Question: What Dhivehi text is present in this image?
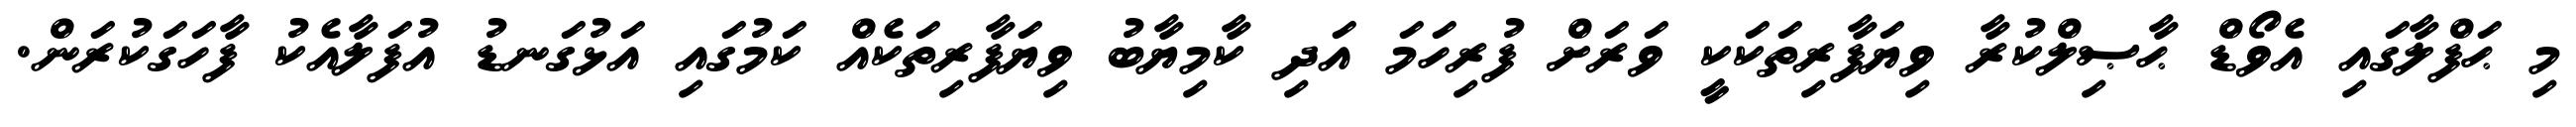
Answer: މި ޙަފްލާގައި އެވޯޑް ޙާޞިލްކުރާ ވިޔަފާރިތަކަކީ ވަރަށް ފުރިހަމަ އަދި ކާމިޔާބު ވިޔަފާރިތަކެއް ކަމުގައި އަޅުގަނޑު އުފަލާއެކު ފާހަގަކުރަން.